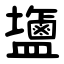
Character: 䀋